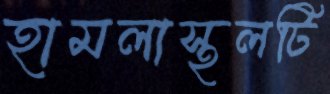
হামলাস্থলটি